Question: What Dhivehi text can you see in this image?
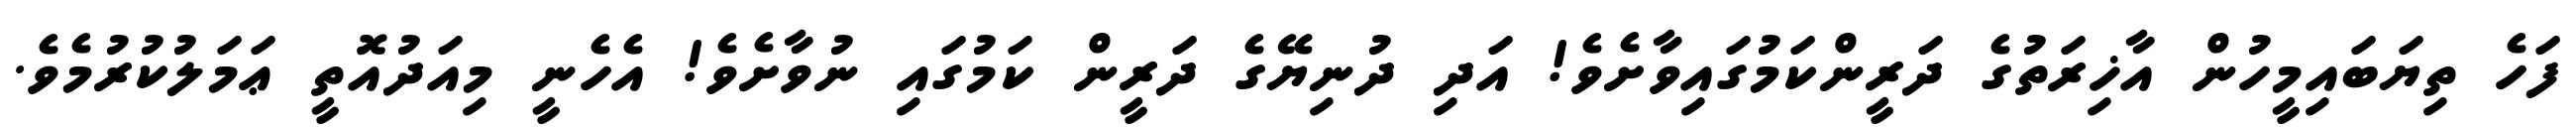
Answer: ފަހެ ތިޔަބައިމީހުން އާޚިރަތުގެ ދަރީންކަމުގައިވާށެވެ! އަދި ދުނިޔޭގެ ދަރީން ކަމުގައި ނުވާށެވެ! އެހެނީ މިއަދުއޮތީ ޢަމަލުކުރުމެވެ.